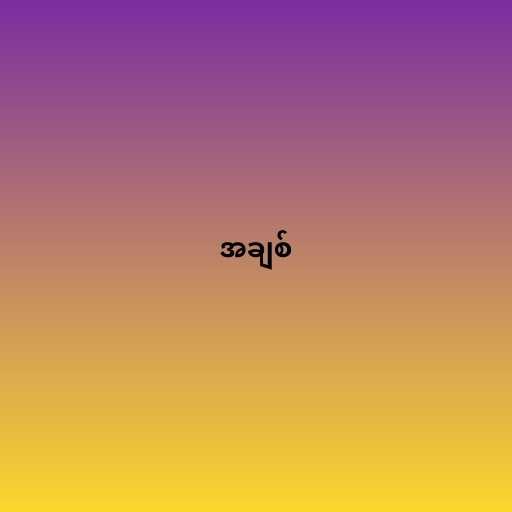
အချစ်